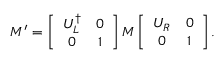
M ^ { \prime } = \left[ \begin{array} { c c } { { U _ { L } ^ { \dagger } } } & { { 0 } } \\ { { 0 } } & { { 1 } } \end{array} \right] M \left[ \begin{array} { c c } { { U _ { R } } } & { { 0 } } \\ { { 0 } } & { { 1 } } \end{array} \right] .